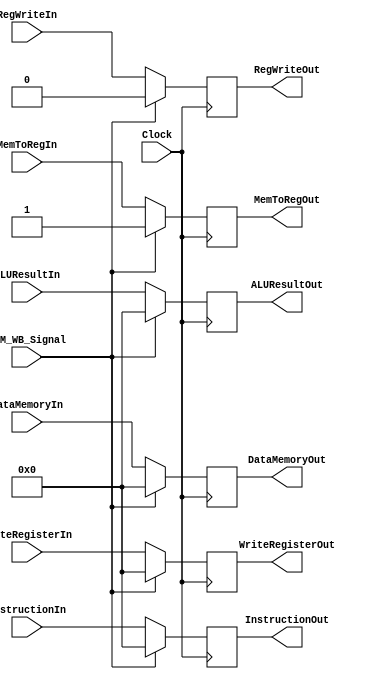
module MEM_WB_Register(Clock, MEM_WB_Signal, InstructionIn,MemToRegIn, RegWriteIn, WriteRegisterIn, ALUResultIn, DataMemoryIn,
                                            InstructionOut,MemToRegOut, RegWriteOut, WriteRegisterOut, ALUResultOut, DataMemoryOut);
input Clock, RegWriteIn, MemToRegIn;
input MEM_WB_Signal;
input [31:0] WriteRegisterIn;
input [31:0] ALUResultIn;
input [31:0] DataMemoryIn;
input [31:0] InstructionIn;

output reg [31:0] WriteRegisterOut;
output reg [31:0] ALUResultOut;
output reg [31:0] DataMemoryOut;
output reg RegWriteOut, MemToRegOut;
output reg [31:0] InstructionOut;

always @(posedge Clock)begin
    if(MEM_WB_Signal == 1)begin
    WriteRegisterOut = 0;
    ALUResultOut = 0;
    RegWriteOut = 0;
    MemToRegOut = 1;
    DataMemoryOut = 0;
    InstructionOut = 0;
    end
    else begin
    WriteRegisterOut = WriteRegisterIn;
    ALUResultOut = ALUResultIn;
    RegWriteOut = RegWriteIn;
    MemToRegOut = MemToRegIn;
    DataMemoryOut = DataMemoryIn;
    InstructionOut = InstructionIn;
    end
    end

endmodule